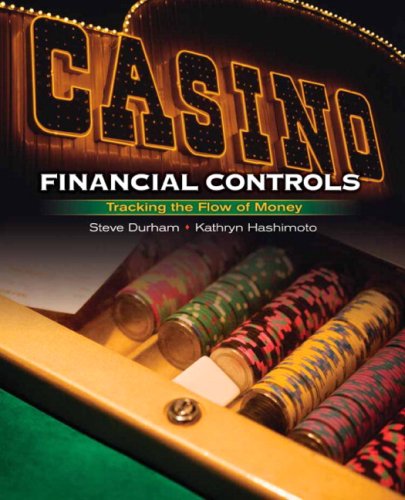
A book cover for Casino Financial Controls: Tracking the Flow of Money; Steve Durham; Humor & Entertainment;